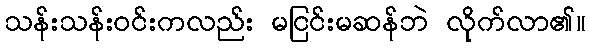
သန်းသန်းဝင်းကလည်း မငြင်းမဆန်ဘဲ လိုက်လာ၏။